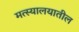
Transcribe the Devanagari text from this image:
मत्स्यालयातील